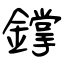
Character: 鐣